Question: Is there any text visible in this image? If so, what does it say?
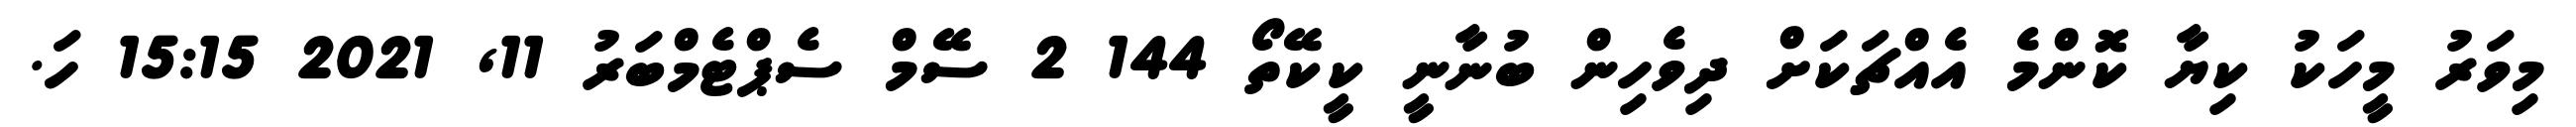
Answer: މިވަރު މީހަކު ކިޔާ ކޮންމެ އެއްޗަކަށް ދިވެހިން ބުނާނީ ކީކޭތޯ 144 2 ސޭމް ސެޕްޓެމްބަރު 11, 2021 15:15 ހަ.